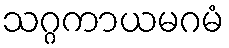
သဂ္ဂကာယမဂမံ